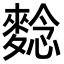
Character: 𪌿